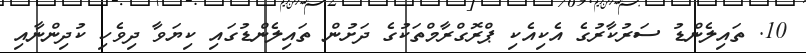
10. ތައިލެންޑު ސަރުކާރުގެ އެކިއެކި ޕްރޮގްރާމްތަކުގެ ދަށުން ތައިލެންޑުގައި ކިޔަވާ ދިވެހި ކުދިންނާއި